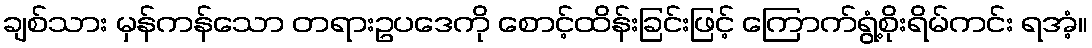
ချစ်သား မှန်ကန်သော တရားဥပဒေကို စောင့်ထိန်းခြင်းဖြင့် ကြောက်ရွံ့စိုးရိမ်ကင်း ရအံ့။